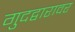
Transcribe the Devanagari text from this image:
गुदद्वारावर